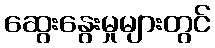
ဆွေးနွေးမှုများတွင်